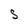
Character: S